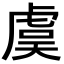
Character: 虞